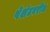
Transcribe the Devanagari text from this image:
पेशंटवरील